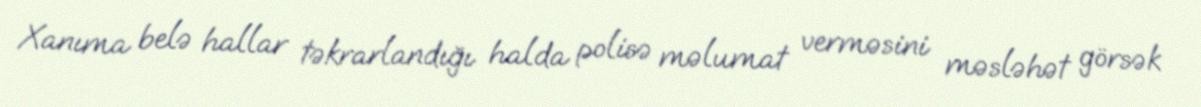
Xanıma belə hallar təkrarlandığı halda polisə məlumat verməsini məsləhət görsək